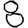
Digit: 8